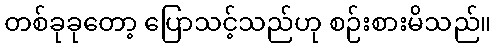
တစ်ခုခုတော့ ပြောသင့်သည်ဟု စဉ်းစားမိသည်။